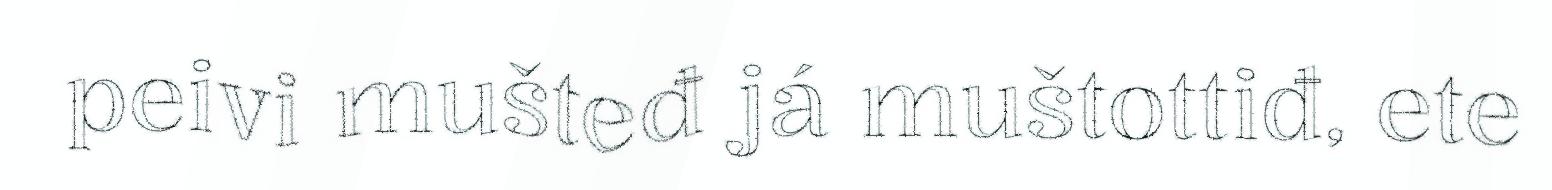
peivi mušteđ já muštottiđ, ete